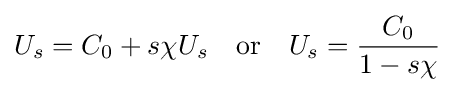
U_{s}=C_{0}+s\chi U_{s}\quad {\text{or}}\quad U_{s}={\frac {C_{0}}{1-s\chi }}